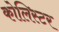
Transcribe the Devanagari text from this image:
कोलिस्टर